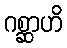
ဂစ္ဆာဟိ